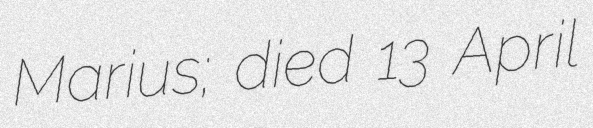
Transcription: Marius; died 13 April